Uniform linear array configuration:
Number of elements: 32
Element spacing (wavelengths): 0.5
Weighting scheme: hann
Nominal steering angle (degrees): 60
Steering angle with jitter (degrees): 59.498
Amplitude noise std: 0.05
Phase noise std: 0.05

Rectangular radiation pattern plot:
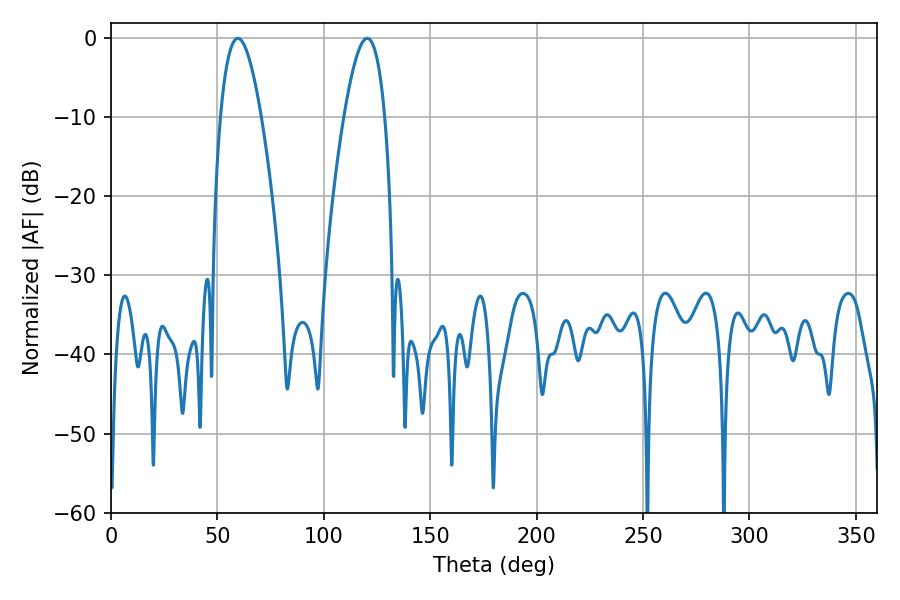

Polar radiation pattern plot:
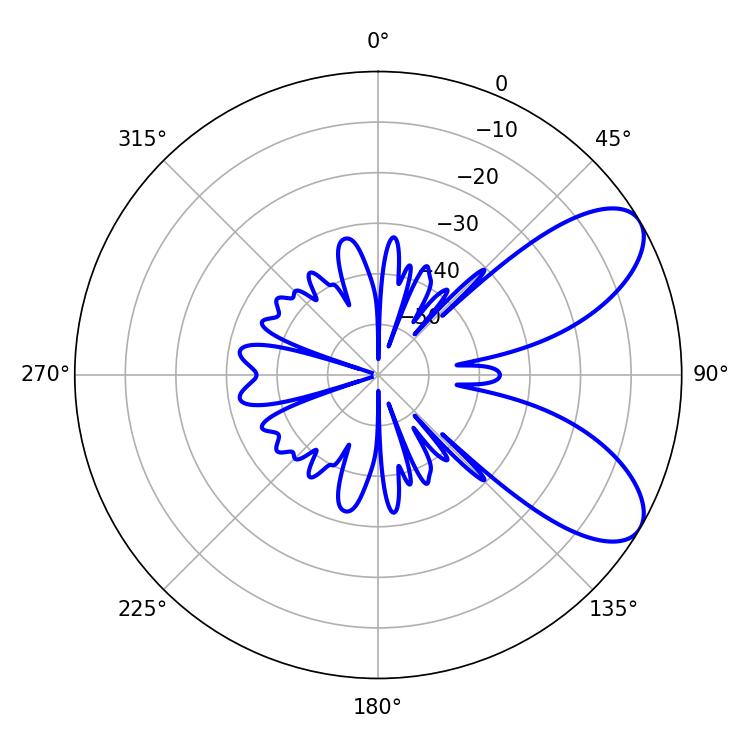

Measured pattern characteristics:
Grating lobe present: FALSE
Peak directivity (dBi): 7.673
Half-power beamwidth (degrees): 10.62
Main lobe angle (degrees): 59.58